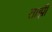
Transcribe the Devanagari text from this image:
ताझी